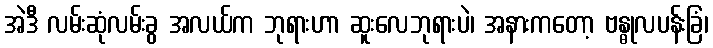
အဲဒီ လမ်းဆုံလမ်းခွ အလယ်က ဘုရားဟာ ဆူးလေဘုရားပဲ၊ အနားကတော့ ဗန္ဓုလပန်းခြံ၊